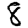
Digit: 8